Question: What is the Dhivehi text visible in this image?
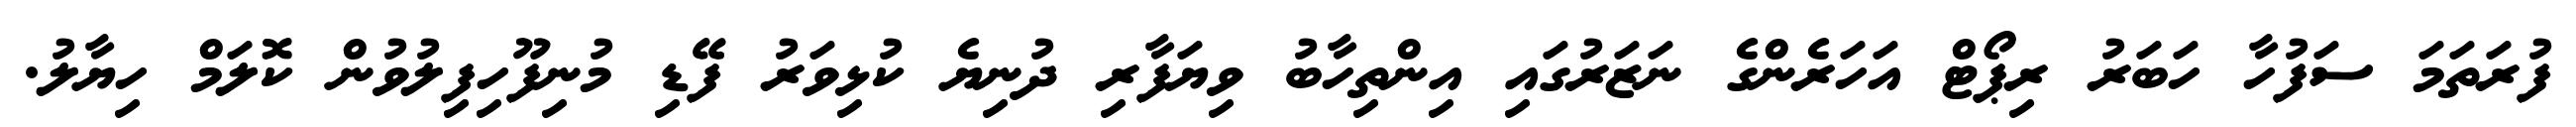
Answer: ފުރަތަމަ ސަފުހާ ހަބަރު ރިޕޯޓް އަހަރެންގެ ނަޒަރުގައި އިންތިހާބު ވިޔަފާރި ދުނިޔެ ކުޅިވަރު ފޭޑި މުނިފޫހިފިލުވުން ކޮލަމް ހިޔާލު.